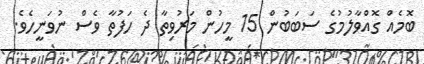
ބޮމެއް ގޮއްވާލުމުގެ ސަބަބުން 15 މީހުން މަރުވިތާ ދެ ހަފުތާ ވެސް ނުވަނީހެވެ.